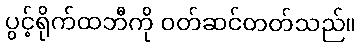
ပွင့်ရိုက်ထဘီကို ဝတ်ဆင်တတ်သည်။